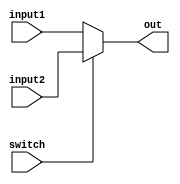
 /*
  * Name: mux2to1
  * About: Multiplexor where if the switch is 0, the output is assigned to be input1, vice-versa.
 * Functional as of 4:50pm 5/13/21  
  */
  
module mux2to1
#(parameter SIZE = 16)
(
      input [SIZE-1:0] input1, input2, // size of the inputs is 16 bits
      input switch,
      output reg [SIZE-1:0] out // size of the output is 16 bits
);
always@(*)
begin
     out = (switch == 1'b1) ? input2 : input1;
end
endmodule